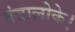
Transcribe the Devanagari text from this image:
तंत्रालोके।